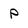
Character: p